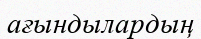
ағындылардың